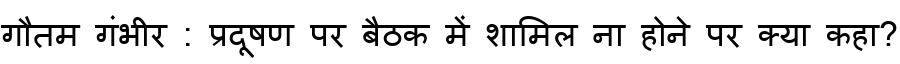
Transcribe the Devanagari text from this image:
गौतम गंभीर : प्रदूषण पर बैठक में शामिल ना होने पर क्या कहा?